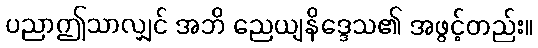
ပညာဤသာလျှင် အဘိ ညေယျနိဒ္ဒေသ၏ အဖွင့်တည်း။